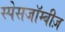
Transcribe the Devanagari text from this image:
स्पेसजॉम्बीज़